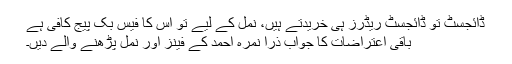
ڈائجسٹ تو ڈائجسٹ ریڈرز ہی خریدتے ہیں، نمل کے لیے تو اس کا فیس بک پیج کافی ہے
باقی اعتراضات کا جواب ذرا نمرہ احمد کے فینز اور نمل پڑھنے والے دیں۔